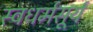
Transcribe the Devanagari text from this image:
स्वधर्मसूर्य